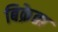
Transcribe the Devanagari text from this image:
बिक्रेता